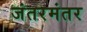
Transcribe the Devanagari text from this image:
जंतरमंतर